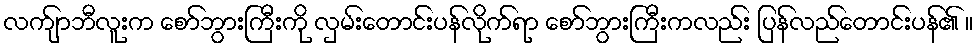
လက်ျာဘီလူးက စော်ဘွားကြီးကို လှမ်းတောင်းပန်လိုက်ရာ စော်ဘွားကြီးကလည်း ပြန်လည်တောင်းပန်၏ ။